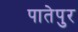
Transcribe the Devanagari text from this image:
पातेपुर